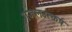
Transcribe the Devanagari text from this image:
गजलउत्कर्ष